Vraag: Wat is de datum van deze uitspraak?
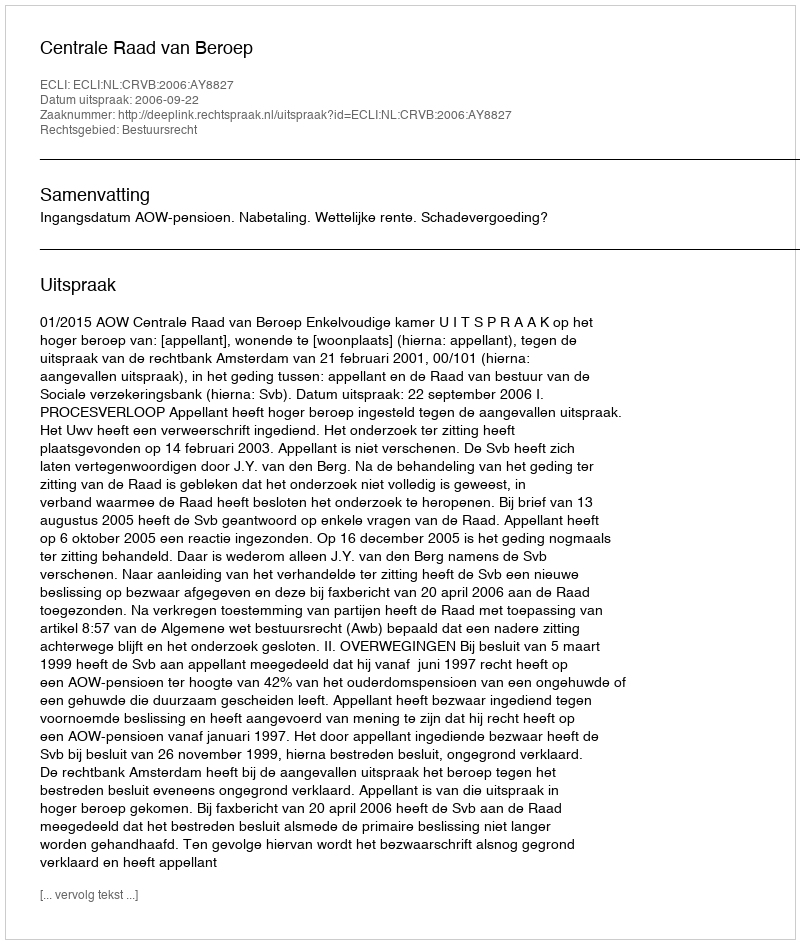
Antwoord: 2006-09-22